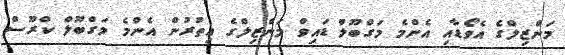
މަންޒިލްގެ އެވޯޑާއި އެންމެ މަގްބޫލް ޑައިވް މަންޒިލްގެ އިތުރުން އެންމެ މަގްބޫލް ކްރޫސް